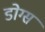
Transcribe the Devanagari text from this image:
डोग्स